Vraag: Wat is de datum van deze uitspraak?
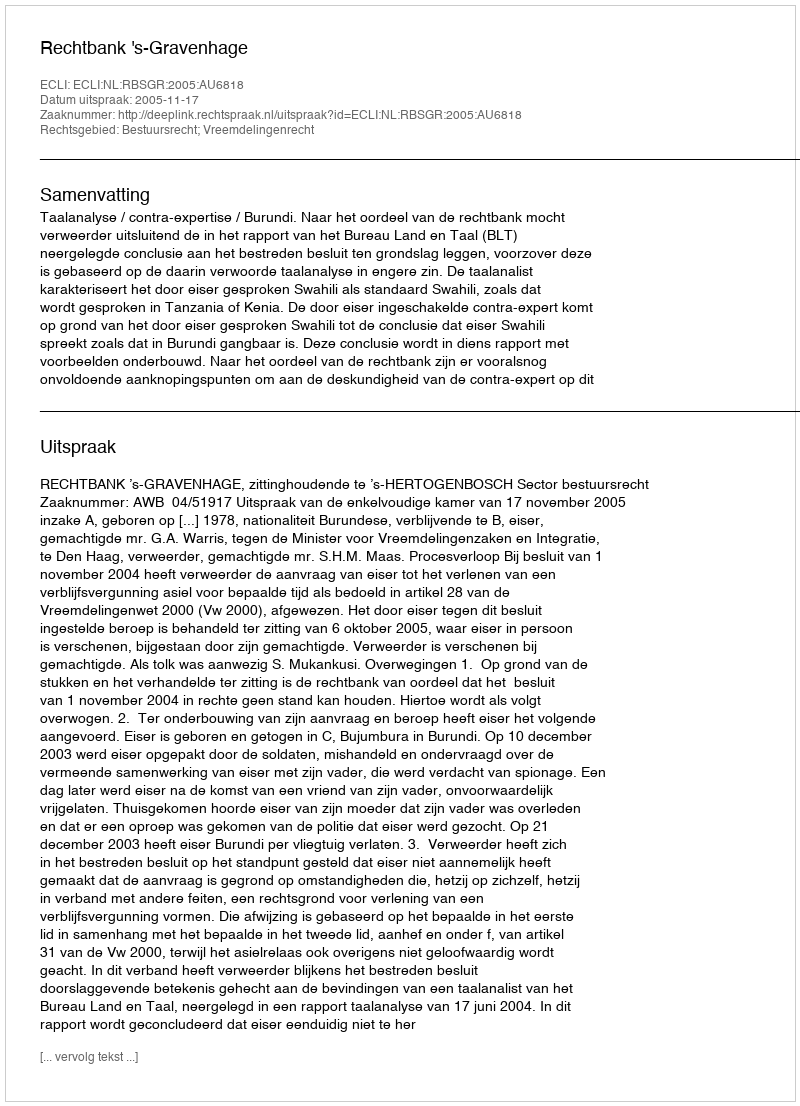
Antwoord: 2005-11-17